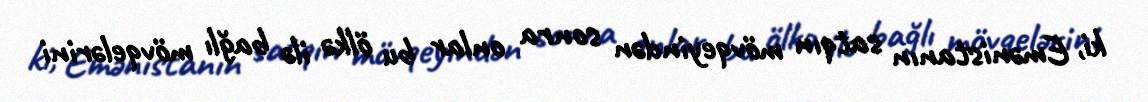
ki, Emənistanın satqın mövqeyindən sonra onlar bu ölkə ilə bağlı mövqelərini